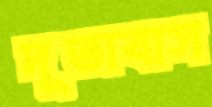
দূতাবাস